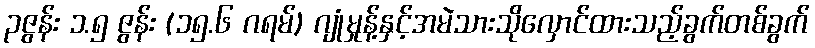
၃ဇွန်း ၁.၅ ဇွန်း (၁၅.၆ ဂရမ်) ဂျုံမှုန့်နှင့်အမဲသားသိုလှောင်ထားသည့်ခွက်တစ်ခွက်